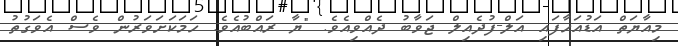
މިއާޔަތް އަޑުއަހާފައި އަލް-ފުދެއިލް ޖަވާބު ދެއްވިއެވެ. "ޔާ ރައްބުއެވެ. ހަމަކަށަވަރުން ވެސް އެވަގުތު